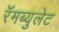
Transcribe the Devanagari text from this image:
रॅमब्युलेट